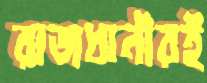
রাজধানীরই